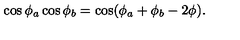
\cos \phi _ { a } \cos \phi _ { b } = \cos ( \phi _ { a } + \phi _ { b } - 2 \phi ) .